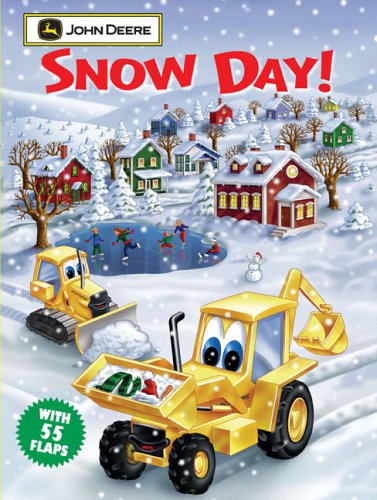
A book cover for Snow Day: John Deere Giant Lift-the-Flap Book; Devra Newberger Speregen; Children's Books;